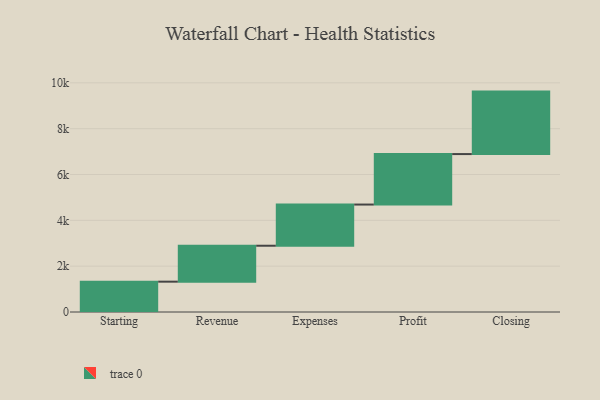
{"axis": {"x": "Step", "y": "Value"}, "legend": [""], "data": [{"x": "Starting", "y": 1324.0, "type": ""}, {"x": "Revenue", "y": 1568.0, "type": ""}, {"x": "Expenses", "y": 1797.0, "type": ""}, {"x": "Profit", "y": 2203.0, "type": ""}, {"x": "Closing", "y": 2726.0, "type": ""}]}